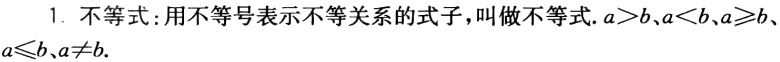
1. 不等式: 用不等号表示不等关系的式子，叫做不等式. \(a > b、a < b、a\geqslant b、a\leqslant b、a\neq b\).